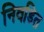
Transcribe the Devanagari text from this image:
निवडित